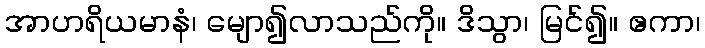
အာဟရိယမာနံ၊ မျော၍လာသည်ကို။ ဒိသွာ၊ မြင်၍။ ဧကာ၊